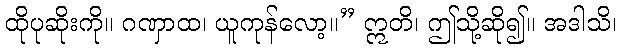
ထိုပုဆိုးကို။ ဂဏှာထ၊ ယူကုန်လော့။” ဣတိ၊ ဤသို့ဆို၍။ အဒါသိ၊